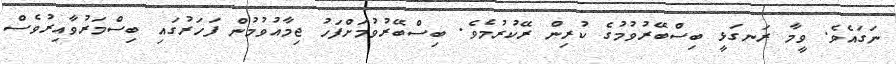
ނަގައެވެ. ވީމާ ރަނގަޅީ ބިސްބޭރުވުމުގެ ކުރިން ރޭކުރުމެވެ. ބިސްބޭރުވުމަށްފަހު ޖިމާއުވުމުން ފަހަރުގައި ބިސްމަރުވާއިރުވެސް